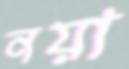
নয়া